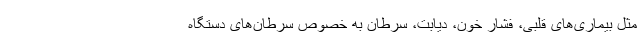
مثل بیماری‌های قلبی، فشار خون، دیابت، سرطان به خصوص سرطان‌های دستگاه